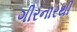
ગીરનારથી